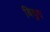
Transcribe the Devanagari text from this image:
बिबुध